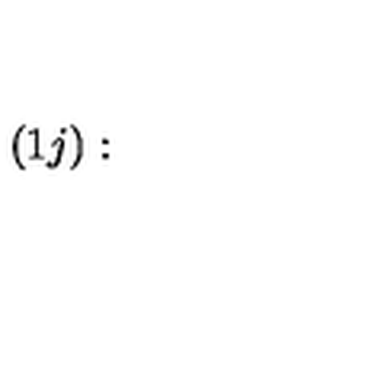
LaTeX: ( 1 j ) :